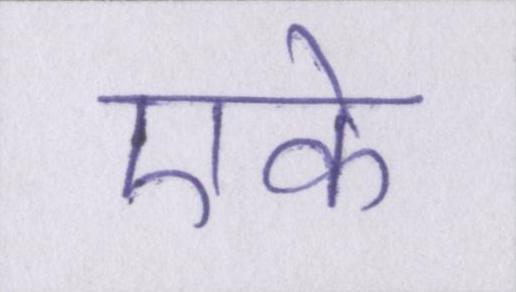
एके